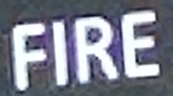
FIRE